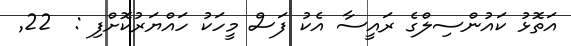
އަތޮޅު ކައުންސިލްގެ ރައީސާ އެކު ފަސް މީހަކު ހައްޔަރުކޮށްފި :  22